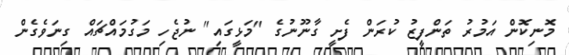
މޮނިކޮން އަމުރު ތަންފީޒު ކުރަން ފެށީ ގާނޫނުގެ "މަޅީގައި" ނުޖެހި މަގުމައްޗައް ގިނަވެގެން